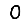
Digit: 0